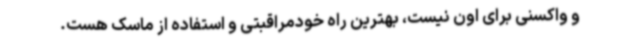
و واکسنی برای اون نیست، بهترین راه خودمراقبتی و استفاده از ماسک هست.